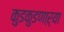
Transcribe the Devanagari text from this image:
कुडकुडणाऱ्या